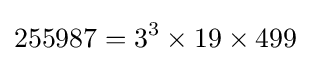
255987=3^{3}\times 19\times 499